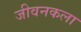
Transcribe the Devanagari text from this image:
जीवनकला